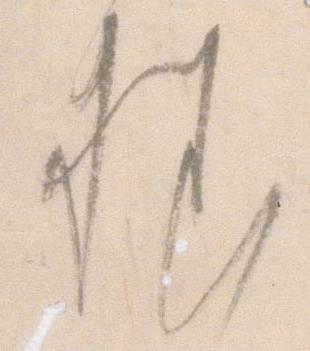
様